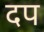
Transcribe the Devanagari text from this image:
दप